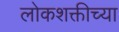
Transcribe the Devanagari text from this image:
लोकशक्तीच्या